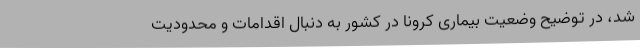
شد، در توضیح وضعیت بیماری کرونا در کشور به دنبال اقدامات و محدودیت